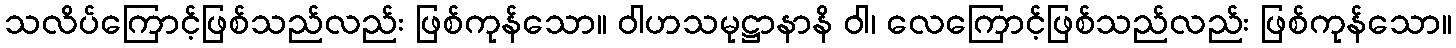
သလိပ်ကြောင့်ဖြစ်သည်လည်း ဖြစ်ကုန်သော။ ဝါဟသမုဋ္ဌာနာနိ ဝါ၊ လေကြောင့်ဖြစ်သည်လည်း ဖြစ်ကုန်သော။